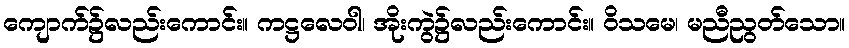
ကျောက်၌လည်းကောင်း။ ကဋ္ဌလေဝါ၊ အိုးကွဲ၌လည်းကောင်း။ ဝိသမေ၊ မညီညွတ်သော။